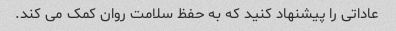
عاداتی را پیشنهاد کنید که به حفظ سلامت روان کمک می کند.